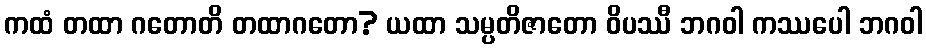
ကထံ တထာ ဂတောတိ တထာဂတော? ယထာ သမ္ပတိဇာတော ဝိပဿီ ဘဂဝါ ကဿပေါ ဘဂဝါ